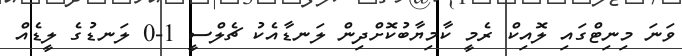
ވަނަ މިނިޓްގައި ލޮއިކް ރެމީ ކާމިޔާބުކޮށްދިން ލަނޑާއެކު ޗެލްސީ 1-0 ލަނޑުގެ ލީޑެއް